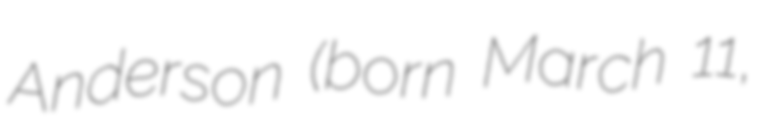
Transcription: Anderson (born March 11,